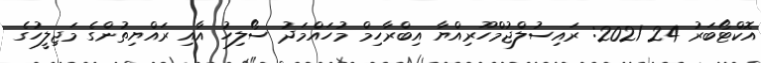
އޮކްޓޯބަރު 24 2021: ރައިސުލްޖުމްހޫރިއްޔާ އިބްރާހިމް މުހައްމަދު ސޯލިހު އާއި ރައްޔިތުންގެ މަޖިލީހުގެ